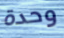
وحدة